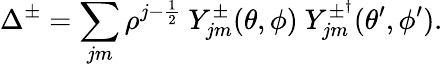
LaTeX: \Delta^{\pm}=\sum_{jm}\rho^{j-\frac{1}{2}}\ Y_{jm}^{\pm}(\theta,\phi)\ Y_{jm}^{\pm^{\dagger}}(\theta^{\prime},\phi^{\prime}).